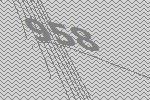
958